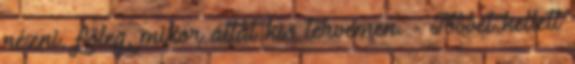
nézni, főleg, mikor átlát kis tervemen. - Többet kellett